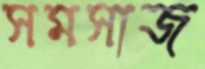
সমসাজ